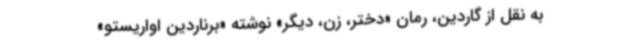
به نقل از گاردین، رمان «دختر، زن، دیگر» نوشته «برناردین اواریستو»